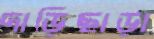
দাড়িছাড়া